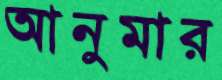
আনুমার